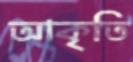
আকৃতি